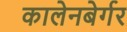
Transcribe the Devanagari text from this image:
कालेनबेर्गर